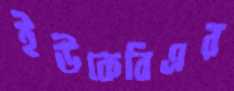
ইউকেবিএর